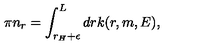
\pi n _ { r } = \int _ { r _ { H } + \epsilon } ^ { L } d r k ( r , m , E ) ,